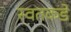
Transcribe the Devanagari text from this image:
स्वतकडे